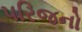
પરિજનો